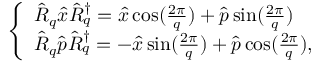
\begin{array} { r } { \left\{ \begin{array} { l l l } { \hat { R } _ { q } \hat { x } \hat { R } _ { q } ^ { \dagger } = \hat { x } \cos ( \frac { 2 \pi } { q } ) + \hat { p } \sin ( \frac { 2 \pi } { q } ) } \\ { \hat { R } _ { q } \hat { p } \hat { R } _ { q } ^ { \dagger } = - \hat { x } \sin ( \frac { 2 \pi } { q } ) + \hat { p } \cos ( \frac { 2 \pi } { q } ) , } \end{array} \right. } \end{array}